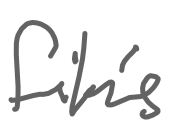
Text: film's
Cross-out: clean
Writing tool: digital_gray